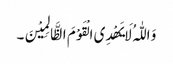
وَ اللّٰہُ لَایَھْدِی الْقَوْمَ الظَّالِمِیْنَ۔